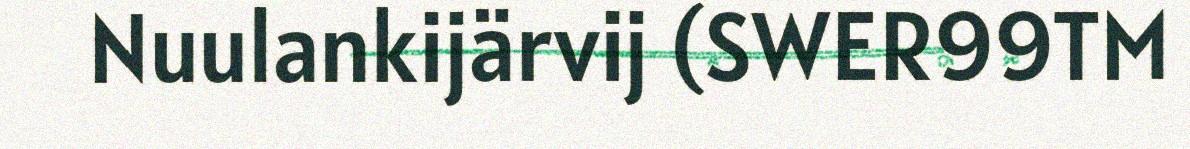
Nuulankijärvij (SWER99TM